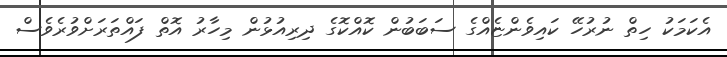
އެކަމަކު ހިތް ނުރުހޭ ކައިވެންޏެއްގެ ސަބަބުން ކޮއްކޮގެ ދިރިއުޅުން މިހާރު އޮތް ފައްތަރަށްވުރެވެސް